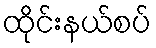
ထိုင်းနယ်စပ်